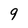
Character: 9